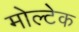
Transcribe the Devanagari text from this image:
मोल्टेक